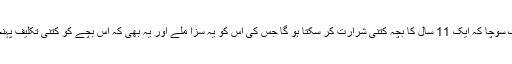
یہ سن کر میں نے کئی دن تک سوچا کہ ایک 11 سال کا بچہ کتنی شرارت کر سکتا ہو گا جس کی اس کو یہ سزا ملے اور یہ بھی کہ اس بچے کو کتنی تکلیف پہنچی ہوگی کہ وہ بیچارہ مر گیا۔